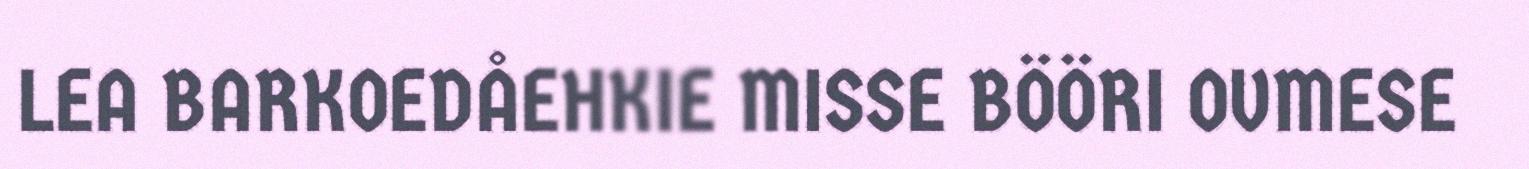
LEA BARKOEDÅEHKIE MISSE BÖÖRI OVMESE